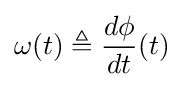
\omega (t)\triangleq {\frac {d\phi }{dt}}(t)